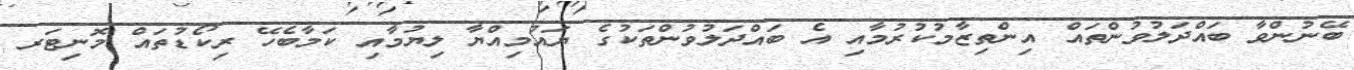
ބޭނުންވާ ބައްދަލުވުންތައް އިންތިޒާމުކުރުމާއި އެ ބައްދަލުވުންތަކުގެ ޔައުމިއްޔާ ލިޔުމާއި ކަމާބެހޭ ރިކޯޑުތައް މޮނިޓަރ